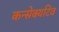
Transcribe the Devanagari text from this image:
कन्सेक्यटिव